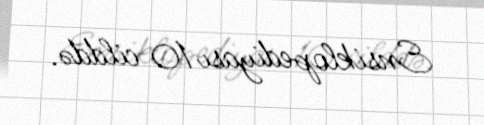
Ensiklopediyası 10 cilddə.